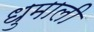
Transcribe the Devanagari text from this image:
धुमाली